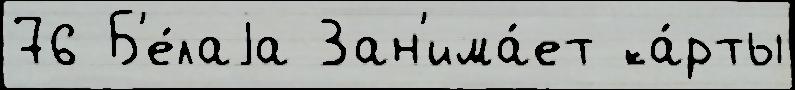
76 Б'е́лаjа Зан'има́ет ка́рты